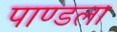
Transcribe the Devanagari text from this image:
पाण्डला